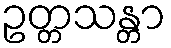
ဥတ္တသန္တာ